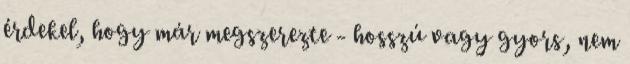
érdekel, hogy már megszerezte - hosszú vagy gyors, nem